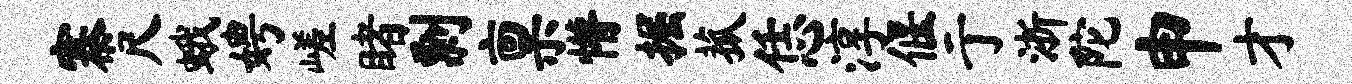
寨尺蛾娉嵯睹剽禀懵掘菰恁淳偃亍浙陀申才